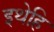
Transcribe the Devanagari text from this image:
इथेहि